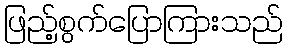
ဖြည့်စွက်ပြောကြားသည်